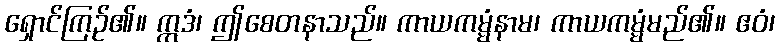
ရှောင်ကြဉ်၏။ ဣဒံ၊ ဤစေတနာသည်။ ကာယကမ္မံနာမ၊ ကာယကမ္မံမည်၏။ ဧဝံ၊